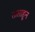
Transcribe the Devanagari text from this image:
तासाहून